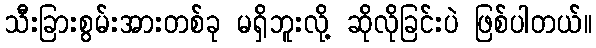
သီးခြားစွမ်းအားတစ်ခု မရှိဘူးလို့ ဆိုလိုခြင်းပဲ ဖြစ်ပါတယ်။